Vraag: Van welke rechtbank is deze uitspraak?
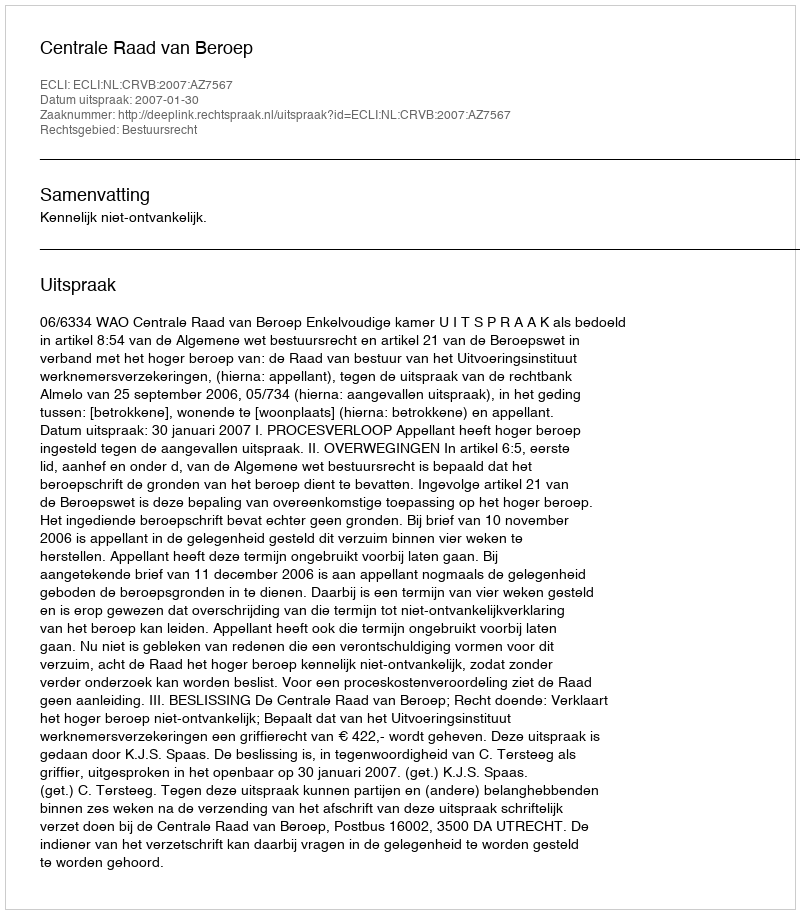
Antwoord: Centrale Raad van Beroep